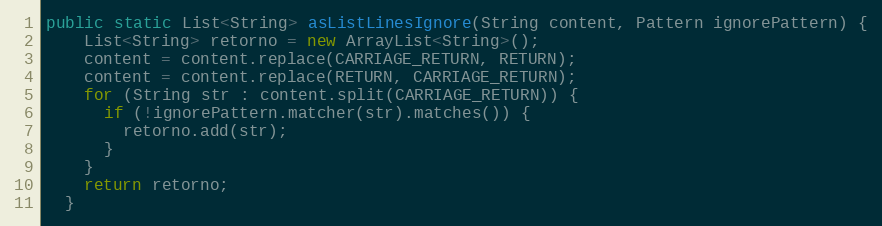
Language: Java
public static List<String> asListLinesIgnore(String content, Pattern ignorePattern) {
    List<String> retorno = new ArrayList<String>();
    content = content.replace(CARRIAGE_RETURN, RETURN);
    content = content.replace(RETURN, CARRIAGE_RETURN);
    for (String str : content.split(CARRIAGE_RETURN)) {
      if (!ignorePattern.matcher(str).matches()) {
        retorno.add(str);
      }
    }
    return retorno;
  }